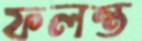
ফলন্ত